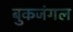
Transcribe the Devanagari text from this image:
बुकजंगल